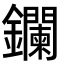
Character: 鑭